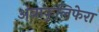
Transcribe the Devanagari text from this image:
अंब्राकुलिफेरा